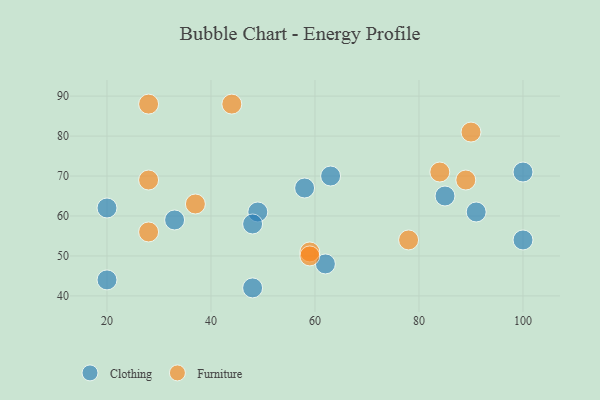
{"axis": {"x": "GDP", "y": "Life Expectancy"}, "legend": ["Clothing", "Furniture"], "data": [{"x": "91", "y": 61, "type": "Clothing"}, {"x": "48", "y": 42, "type": "Clothing"}, {"x": "100", "y": 71, "type": "Clothing"}, {"x": "85", "y": 65, "type": "Clothing"}, {"x": "20", "y": 44, "type": "Clothing"}, {"x": "49", "y": 61, "type": "Clothing"}, {"x": "58", "y": 67, "type": "Clothing"}, {"x": "63", "y": 70, "type": "Clothing"}, {"x": "48", "y": 58, "type": "Clothing"}, {"x": "62", "y": 48, "type": "Clothing"}, {"x": "33", "y": 59, "type": "Clothing"}, {"x": "20", "y": 62, "type": "Clothing"}, {"x": "100", "y": 54, "type": "Clothing"}, {"x": "44", "y": 88, "type": "Furniture"}, {"x": "84", "y": 71, "type": "Furniture"}, {"x": "59", "y": 51, "type": "Furniture"}, {"x": "59", "y": 50, "type": "Furniture"}, {"x": "28", "y": 69, "type": "Furniture"}, {"x": "89", "y": 69, "type": "Furniture"}, {"x": "28", "y": 56, "type": "Furniture"}, {"x": "28", "y": 88, "type": "Furniture"}, {"x": "37", "y": 63, "type": "Furniture"}, {"x": "90", "y": 81, "type": "Furniture"}, {"x": "78", "y": 54, "type": "Furniture"}]}